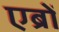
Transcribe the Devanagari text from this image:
एब्रों